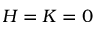
H = K = 0